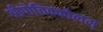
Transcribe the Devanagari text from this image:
श्रीपोतिक्कोलम्